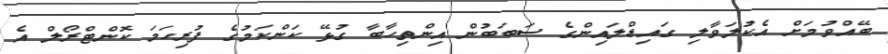
ބޭއްވުމަށް އެކުލަވާލި ގައިޑްލައިންގެ ސަބަބުން އިންތިހާބާ ގުޅޭ ކަންކަމުގެ ފުރިހަމަ ކޮންޓްރޯލް އެ